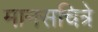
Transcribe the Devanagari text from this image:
मानसचित्रे